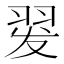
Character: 𰭡